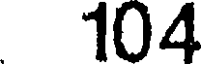
104